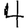
Digit: 4